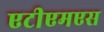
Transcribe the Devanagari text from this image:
एटीएमएस